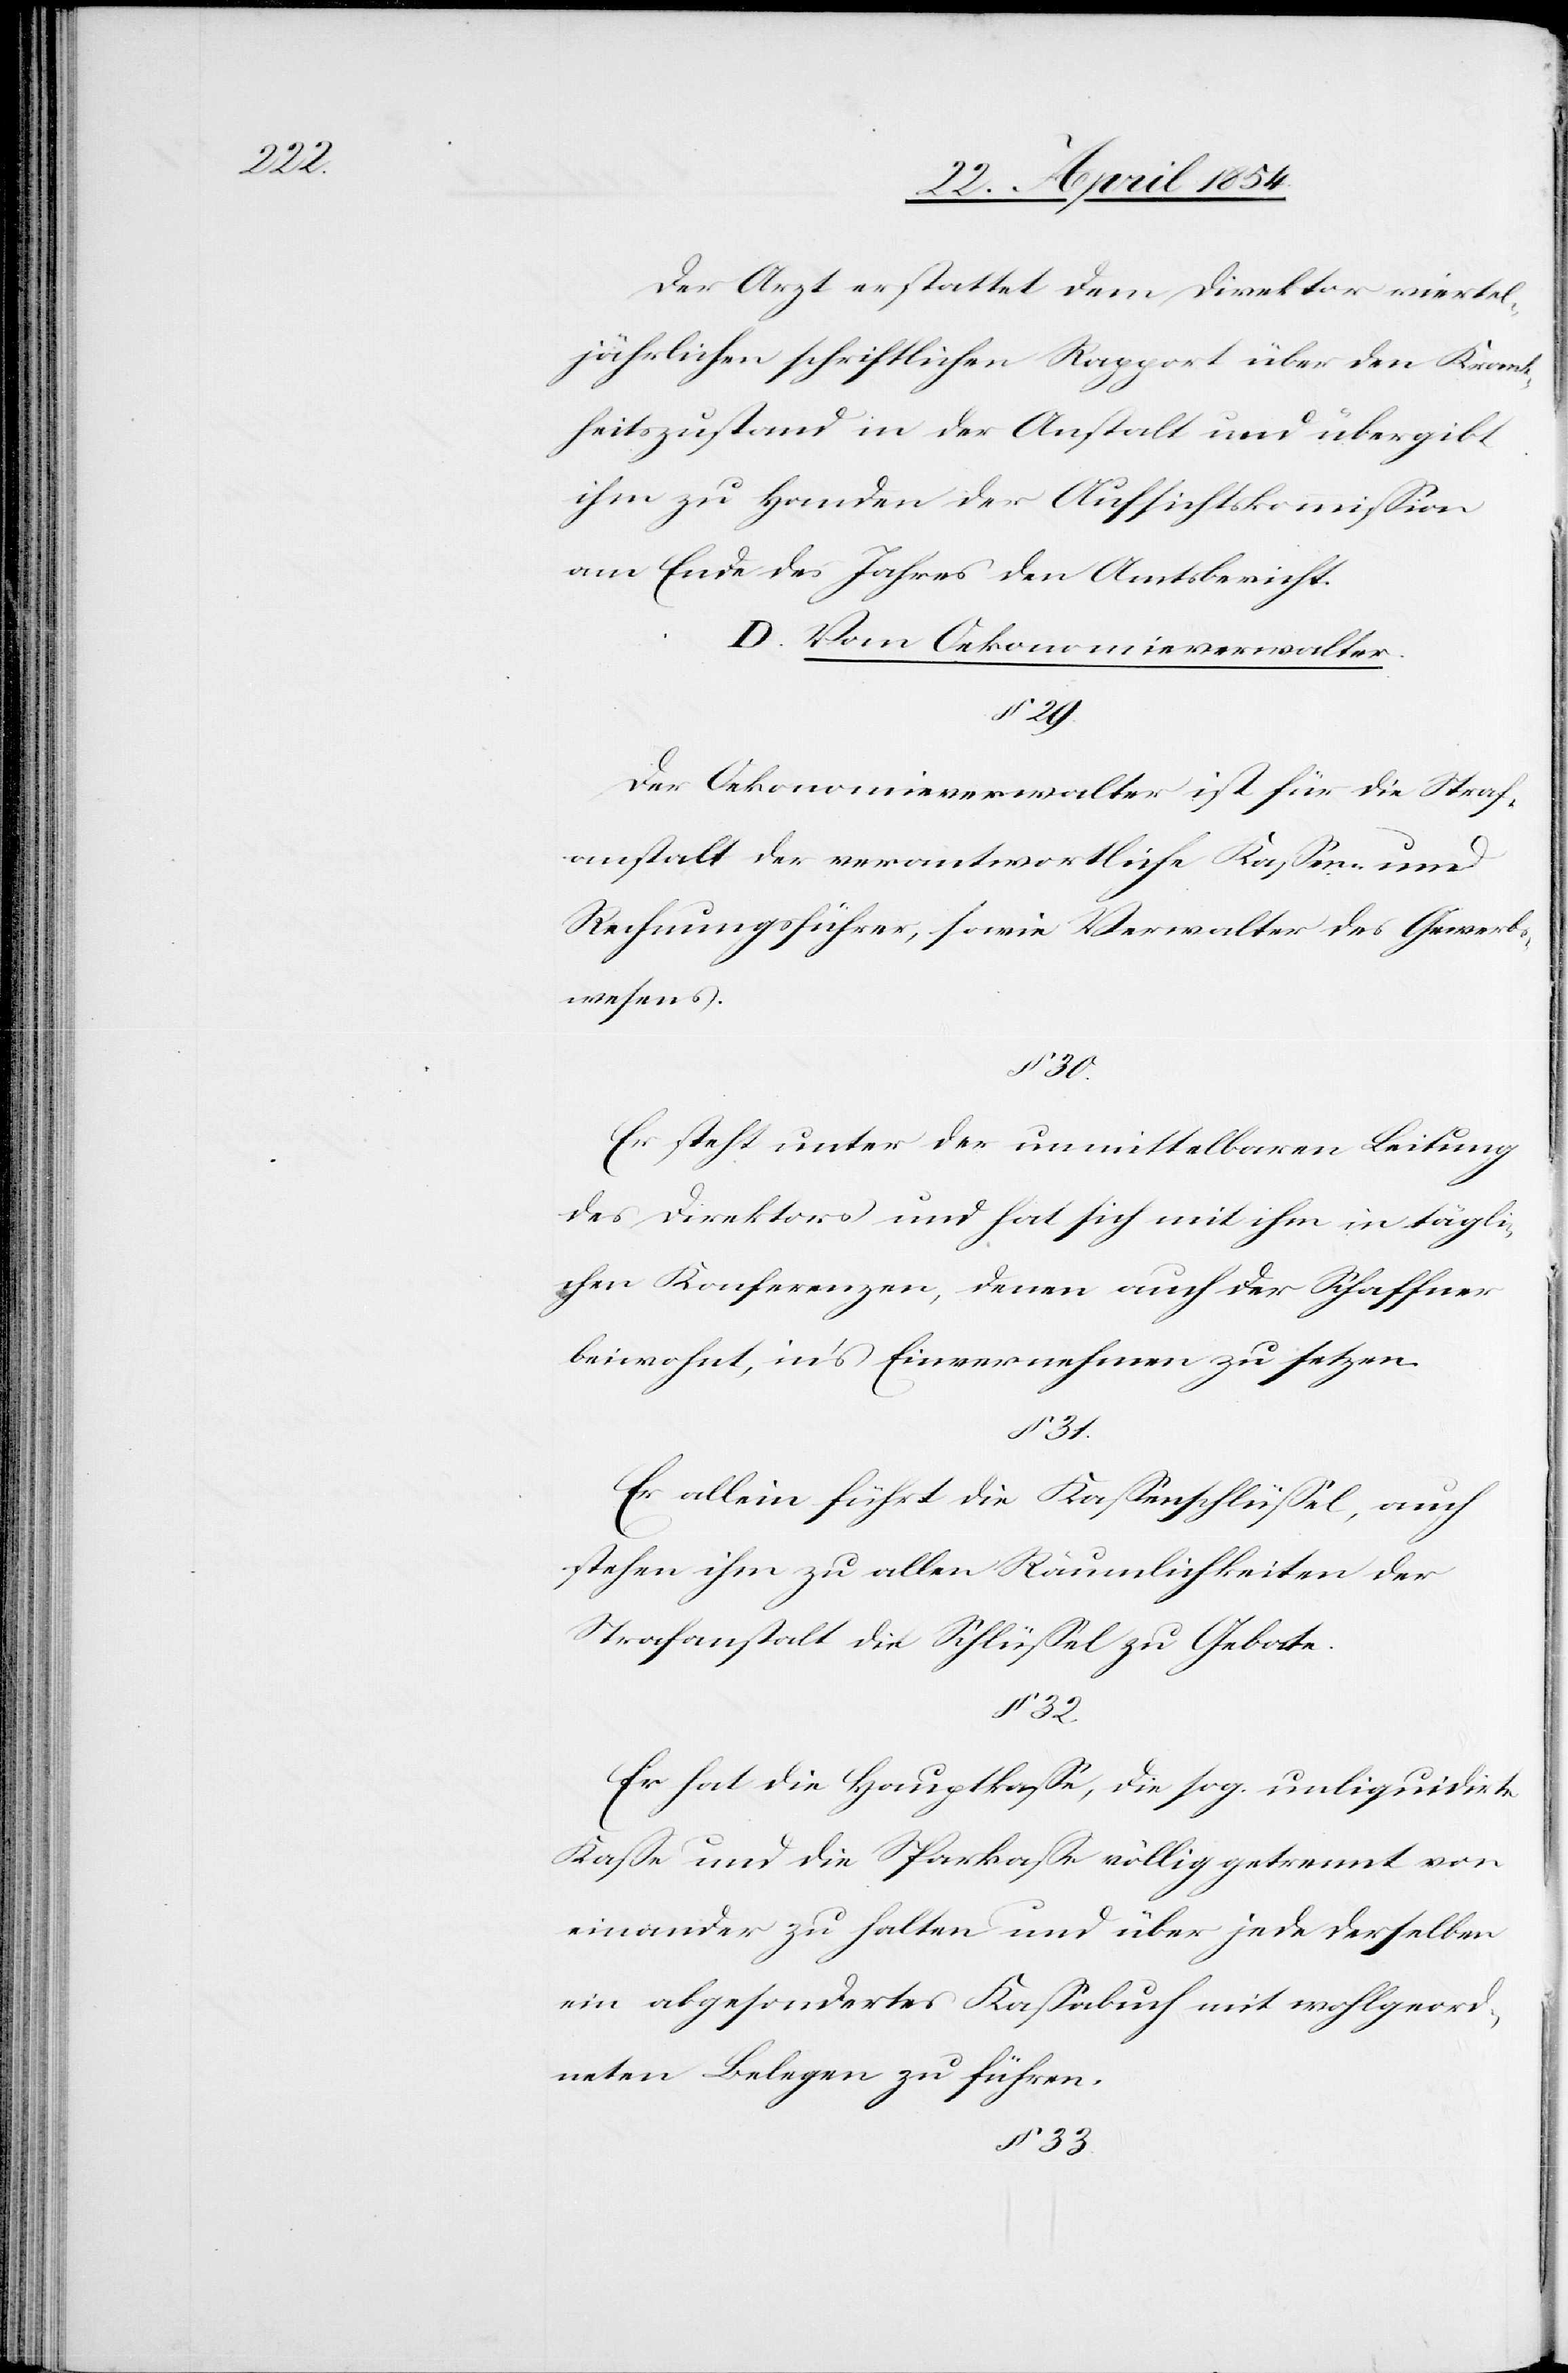
Der Arzt erstattet dem Direktor dreiviertel¬
jährlich schriftlichen Rapport über den Krank¬
heitszustand in der Anstalt und übergibt
ihm zu Handen der Aufsichtskommißion
am Ende des Jahres den Amtsbericht.
D. Vom Oekonomieverwalter
§ 29.
Der Oekonomieverwalter ist für die Straf¬
anstalt der verantwortliche Kaßen- und
Rechnungsführer, sowie Verwalter des Gewerbs¬
wesens.
Er steht unter der unmittelbaren Leitung
des Direktors und hat sich mit ihm in tägli¬
chen Konferenzen, denen auch der Schaffner
beiwohnt, in’s Einvernehmen zu setzen.
Er allein führt die Kaßenschlüßel, auch
stehen ihm zu allen Räumlichkeiten der
Strafanstalt Schlüßel zu Gebote.
Er hat die Hauptkaße, die sog. unliquidirte
Kaße und die Sparkaße völlig getrennt von
einander zu halten und über jede derselben
ein abgesondertes Kaßabuch mit wohlgeord¬
neten Belegen zu führen.
§ 33.